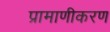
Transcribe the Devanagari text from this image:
प्रामाणीकरण